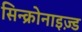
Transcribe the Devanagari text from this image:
सिन्क्रोनाइज़्ड